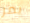
يمر